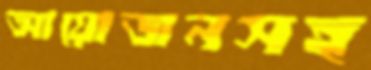
আয়োজনসহ